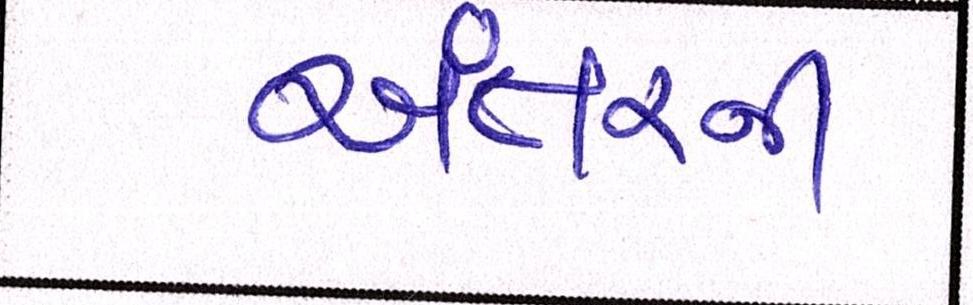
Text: અંતરની